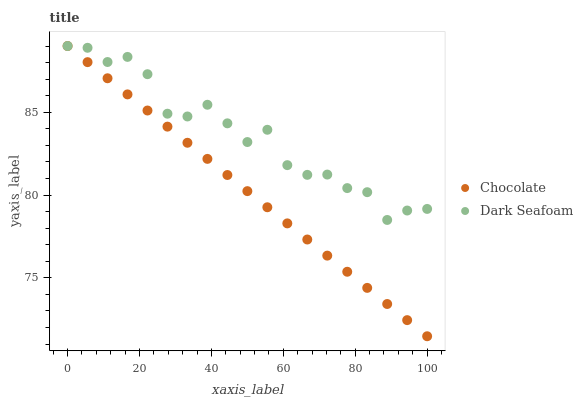
| xaxis_label | Chocolate | Dark Seafoam |
 | --- | --- | --- |
 | 0 | 89 | 89 |
 | 5.56 | 88 | 88.9 |
 | 11.1 | 87.1 | 88 |
 | 16.7 | 86.1 | 88.3 |
 | 22.2 | 85.1 | 87.3 |
 | 27.8 | 84.1 | 84.9 |
 | 33.3 | 83.2 | 84.7 |
 | 38.9 | 82.2 | 85.5 |
 | 44.4 | 81.2 | 84.3 |
 | 50 | 80.2 | 83.2 |
 | 55.6 | 79.3 | 83.9 |
 | 61.1 | 78.3 | 81.8 |
 | 66.7 | 77.3 | 81.2 |
 | 72.2 | 76.3 | 81.2 |
 | 77.8 | 75.4 | 80.4 |
 | 83.3 | 74.4 | 80.2 |
 | 88.9 | 73.4 | 78.5 |
 | 94.4 | 72.4 | 79.1 |
 | 100 | 71.5 | 79.2 |